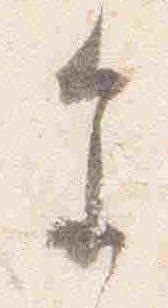
参